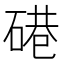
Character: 𱴘